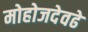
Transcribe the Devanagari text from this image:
मोहोजदेवढे